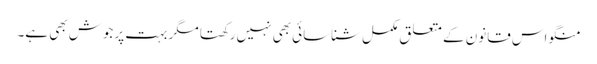
منگو اس قانون کے متعلق مکمل شناسائی بھی نہیں رکھتا مگر بہت پرجوش بھی ہے۔